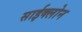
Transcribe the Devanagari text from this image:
साईक्लोन